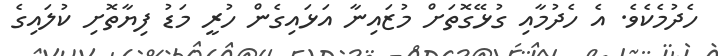
ހެދުމެކެވެ. އެ ހެދުމާއި ގުޅޭގޮތަށް މުޒައިނާ އަޅައިގެން ހުރީ މަޑު ފިޔާތޮށި ކުލައިގެ